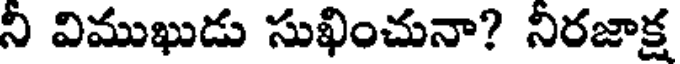
ని విముఖుడు సుఖించునా? నిరజాక్ష